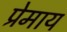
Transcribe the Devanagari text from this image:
प्रेमाय